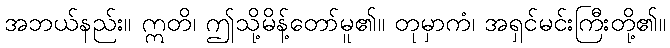
အဘယ်နည်း။ ဣတိ၊ ဤသို့မိန့်တော်မူ၏။ တုမှာကံ၊ အရှင်မင်းကြီးတို့၏။